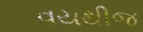
વયથીજ